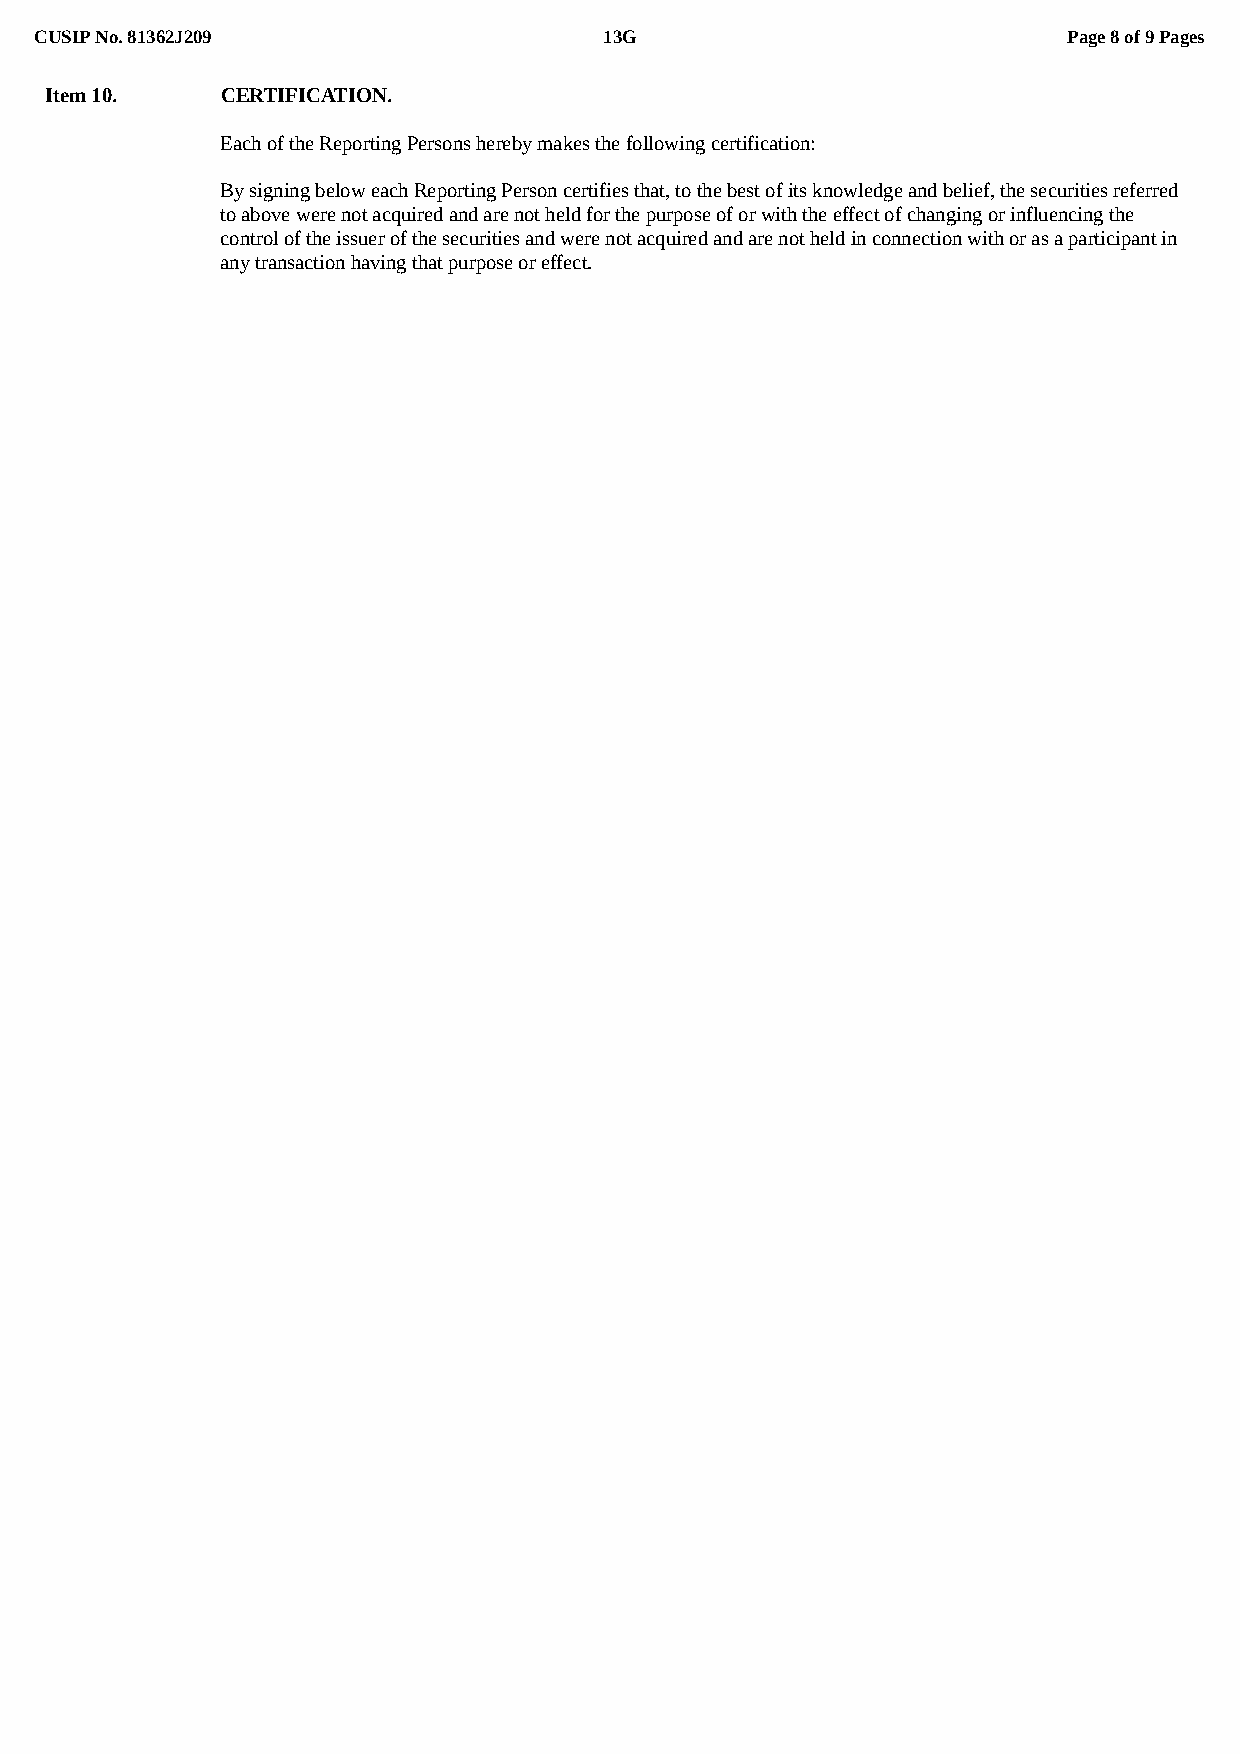
CUSIP No. 81362J209                   13G                            Page 8 of 9 Pages
 Item 10.    CERTIFICATION.
 Each of the Reporting Persons hereby makes the following certification:
 By signing below each Reporting Person certifies that, to the best of its knowledge and belief, the securities referred
 to above were not acquired and are not held for the purpose of or with the effect of changing or influencing the
 control of the issuer of the securities and were not acquired and are not held in connection with or as a participant in
 any transaction having that purpose or effect.